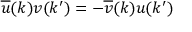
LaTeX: \overline { { { u } } } ( k ) v ( k ^ { \prime } ) = - \overline { { { v } } } ( k ) u ( k ^ { \prime } )